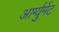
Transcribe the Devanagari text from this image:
आर्ग्युमेंट